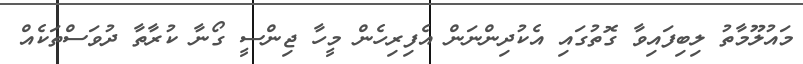
މައުލޫމާތު ލިބިފައިވާ ގޮތުގައި އެކުދިންނަން އެފިރިހެން މީހާ ޖިންސީ ގޯނާ ކުރާތާ ދުވަސްތަކެއް